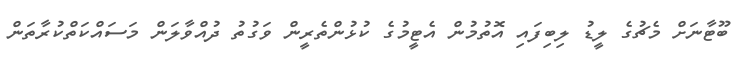
ބޫޓާނަށް މެޗުގެ ލީޑު ލިބިފައި އޮތުމުން އެޓީމުގެ ކުޅުންތެރީން ވަގުތު ދުއްވާލަން މަސައްކަތްކުރާތަން